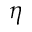
\eta